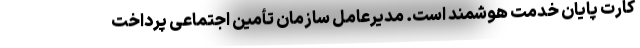
کارت پایان خدمت هوشمند است. مدیرعامل سازمان تأمین اجتماعی پرداخت